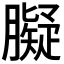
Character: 𦡸